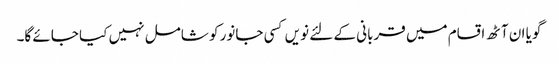
گویا ان آٹھ اقسام میں قربانی کے لئے نویں کسی جانور کو شامل نہیں کیا جائے گا۔